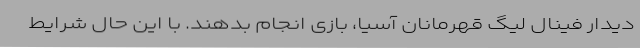
دیدار فینال لیگ قهرمانان آسیا، بازی انجام بدهند. با این حال شرایط